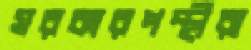
সরকারপন্থীরা